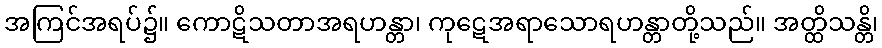
အကြင်အရပ်၌။ ကောဋိသတာအရဟန္တာ၊ ကုဋေအရာသောရဟန္တာတို့သည်။ အတ္ထိသန္တိ၊